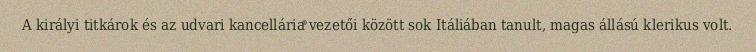
A királyi titkárok és az udvari kancellária vezetői között sok Itáliában tanult, magas állású klerikus volt.